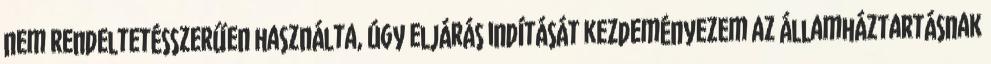
nem rendeltetésszerűen használta, úgy eljárás indítását kezdeményezem az államháztartásnak